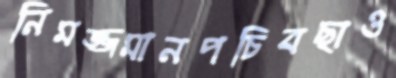
নিমজ্জমানপচিবছাও